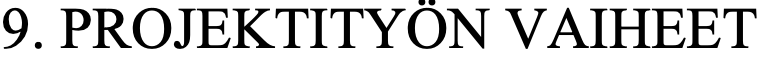
9. PROJEKTITYÖN VAIHEET